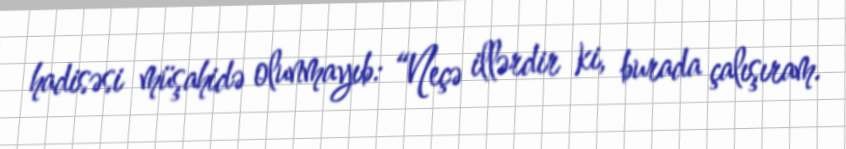
hadisəsi müşahidə olunmayıb: “Neçə illərdir ki, burada çalışıram.